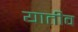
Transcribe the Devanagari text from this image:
यातीव